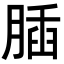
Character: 𦝥